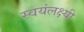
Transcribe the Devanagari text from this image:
स्वयंलक्ष्यी